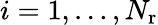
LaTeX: i=1,\ldots,{N_{\mathrm{r}}}